Civil Veterinary Dept. North-West Frontier Province 1901-22 - 1901-1922
Year: 1901
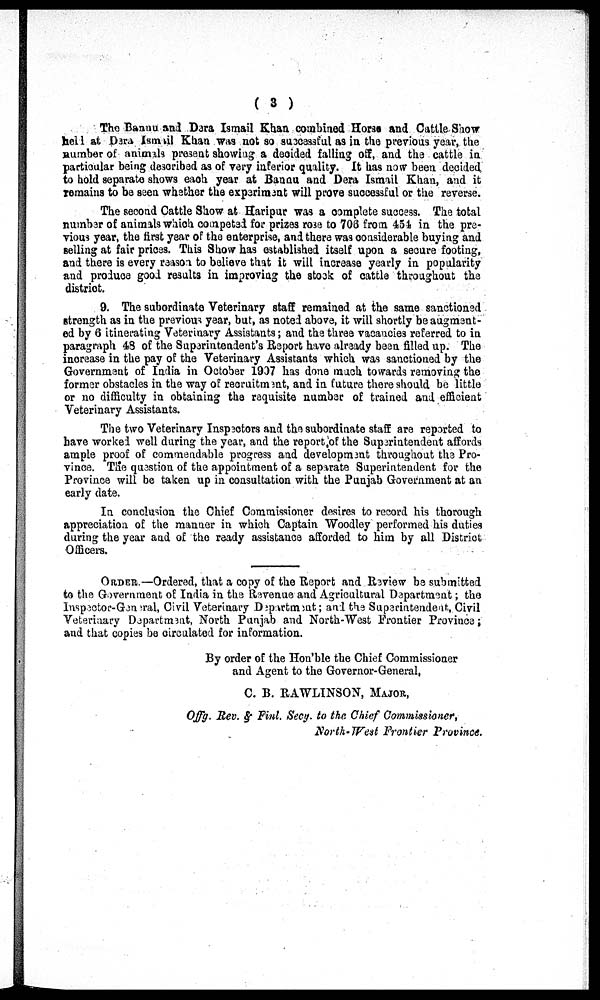
(3)
The Bannu and Dera Ismail Khan combined Horse and Cattle Show
hell at Dera Ismail Khan was not so successful as in the previous year, the
number of animals present showing a decided falling off, and the cattle in
particular being described as of very inferior quality. It has now been decided
to hold separate shows each year at Bannu and Dera Ismail Khan, and it
remains to be seen whether the experiment will prove successful or the reverse.
The second Cattle Show at Haripur was a complete success. The total
number of animals which competed for prizes rose to 706 from 454 in the pre-
vious year, the first year of the enterprise, and there was considerable buying and
selling at fair prices. This Show has established itself upon a secure footing,
and there is every reason to believe that it will increase yearly in popularity
and produce good results in improving the stock of cattle throughout the
district.
9. The subordinate Veterinary staff remained at the same sanctioned
strength as in the previous year, but, as noted above, it will shortly be augment-
ed by 6 itinerating Veterinary Assistants; and the three vacancies referred to in
paragraph 48 of the Superintendent's Report have already been filled up. The
increase in the pay of the Veterinary Assistants which was sanctioned by the
Government of India in October 1907 has done much towards removing the
former obstacles in the way of recruitment, and in future there should be little
or no difficulty in obtaining the requisite number of trained and efficient
Veterinary Assistants.
The two Veterinary Inspectors and the subordinate staff are reported to
have worked well during the year, and the report of the Superintendent affords
ample proof of commendable progress and development throughout the Pro-
vince. The question of the appointment of a separate Superintendent for the
Province will be taken up in consultation with the Punjab Government at an
early date.
In conclusion the Chief Commissioner desires to record his thorough
appreciation of the manner in which Captain Woodley performed his duties
during the year and of the ready assistance afforded to him by all District
Officers.
ORDER.—Ordered, that a copy of the Report and Review be submitted
to the Government of India in the Revenue and Agricultural Department; the
Inspector-General, Civil Veterinary Department; and the Superintendent, Civil
Veterinary Department, North Punjab and North-West Frontier Province;
and that copies be circulated for information.
By order of the Hon'ble the Chief Commissioner
and Agent to the Governor-General,
C. B. RAWLINSON, MAJOR,
Offg. Rev. & Finl. Secy. to the Chief Commissioner,
North-West Frontier Province.